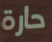
حارة